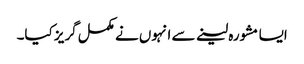
ایسا مشورہ لینے سے انہوں نے مکمل گریز کیا۔